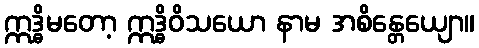
ဣဒ္ဓိမတော့ ဣဒ္ဓိဝိသယော နာမ အစိန္တေယျော။